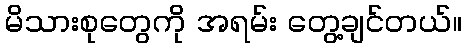
မိသားစုတွေကို အရမ်း တွေ့ချင်တယ်။